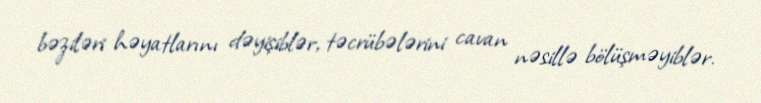
bəziləri həyatlarını dəyişiblər, təcrübələrini cavan nəsillə bölüşməyiblər.